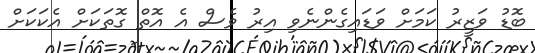
ބޮޑު ވަޒީރު ކަމަށް ވަޑައިގެންނެވި އިރު ވެސް އެ އޮތް ގޮތަކަށް އެކަކަށް